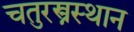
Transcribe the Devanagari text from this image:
चतुरस्त्रस्थान